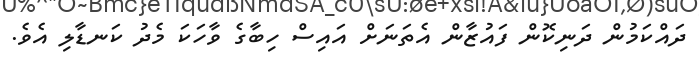
ދައްކަމުން ދަނިކޮން ފައުޒާން އެތަނަށް އައިސް ހިބާގެ ވާހަކަ މެދު ކަނޑާލި އެވެ.